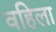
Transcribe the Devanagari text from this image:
वहिला